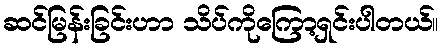
ဆင်မြန်းခြင်းဟာ သိပ်ကိုကြော့ရှင်းပါတယ်။